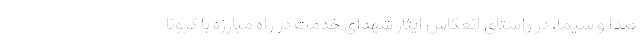
صدا و سیما، در راستای انعکاس ایثار شهدای خدمت در راه مبارزه با کرونا